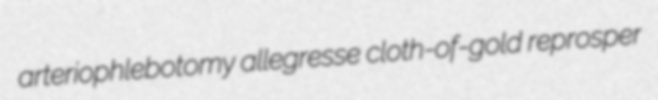
arteriophlebotomy allegresse cloth-of-gold reprosper